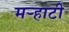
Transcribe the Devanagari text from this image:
मर्‍हाटी